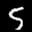
Label: 5